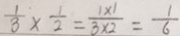
\frac { 1 } { 3 } \times \frac { 1 } { 2 } = \frac { 1 \times 1 } { 3 \times 2 } = \frac { 1 } { 6 }